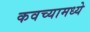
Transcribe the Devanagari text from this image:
कवच्यामध्ये